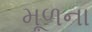
મૂળના